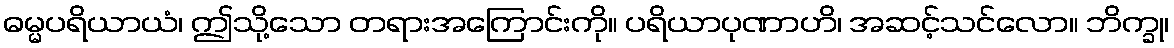
ဓမ္မပရိယာယံ၊ ဤသို့သော တရားအကြောင်းကို။ ပရိယာပုဏာဟိ၊ အဆင့်သင်လော။ ဘိက္ခု၊